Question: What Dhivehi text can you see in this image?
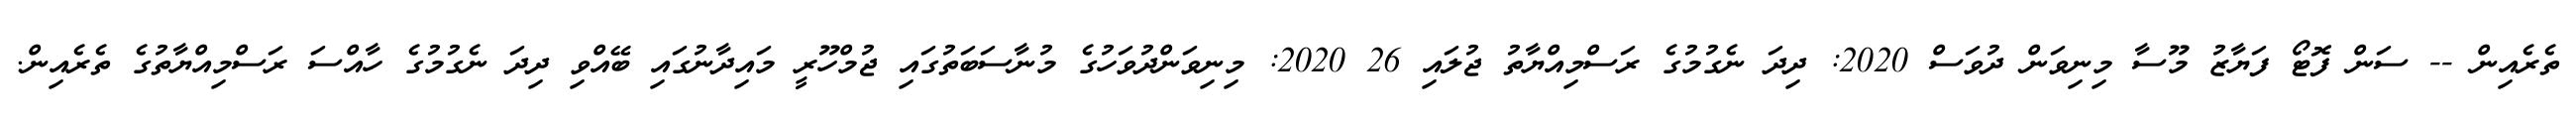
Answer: ތެރެއިން -- ސަން ފޮޓޯ ފަޔާޒު މޫސާ މިނިވަން ދުވަސް 2020: ދިދަ ނެގުމުގެ ރަސްމިއްޔާތު ޖުލައި 26 2020: މިނިވަންދުވަހުގެ މުނާސަބަތުގައި ޖުމްހޫރީ މައިދާނުގައި ބޭއްވި ދިދަ ނެގުމުގެ ހާއްސަ ރަސްމިއްޔާތުގެ ތެރެއިން.